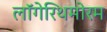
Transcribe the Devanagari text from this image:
लॉगेरिथमोरम